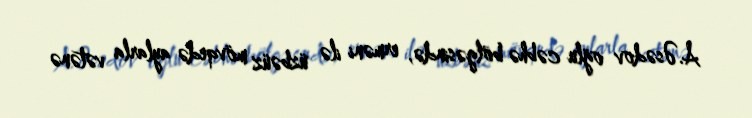
A.Əsədov oğlu cəbhə bölgəsində, erməni ilə üzbəüz mövqedə aylarla vətənə